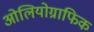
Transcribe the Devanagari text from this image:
ओलियोग्राफिक